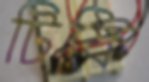
টিফি